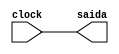
module teste(

	input clock,
	output saida
	
);

	assign saida = clock;
	
endmodule

module executa;

	reg clock;
	
	always #2 clock <= ~clock;
	
	teste led(clock,saida);
	
	initial begin
        $dumpvars(0, led);
        #2;
		clock <= 0;
        #50;
        $finish;
    end
endmodule